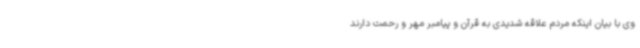
وی با بیان اینکه مردم علاقه شدیدی به قرآن و پیامبر مهر و رحمت دارند